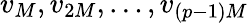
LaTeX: v_{M},v_{2M},\dots,v_{(p-1)M}